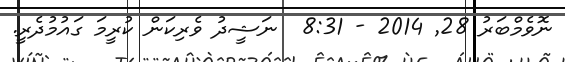
ނޮވެމްބަރު 28